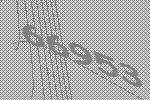
66953